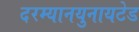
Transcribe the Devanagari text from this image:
दरम्यानयुनायटेड